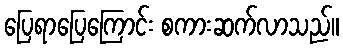
ပြေရာပြေကြောင်း စကားဆက်လာသည်။